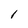
Character: 1